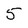
Character: 5